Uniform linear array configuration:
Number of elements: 48
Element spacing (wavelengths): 0.25
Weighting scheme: hamming
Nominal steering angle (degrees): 0
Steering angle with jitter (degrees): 1.579
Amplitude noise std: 0.05
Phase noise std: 0.05

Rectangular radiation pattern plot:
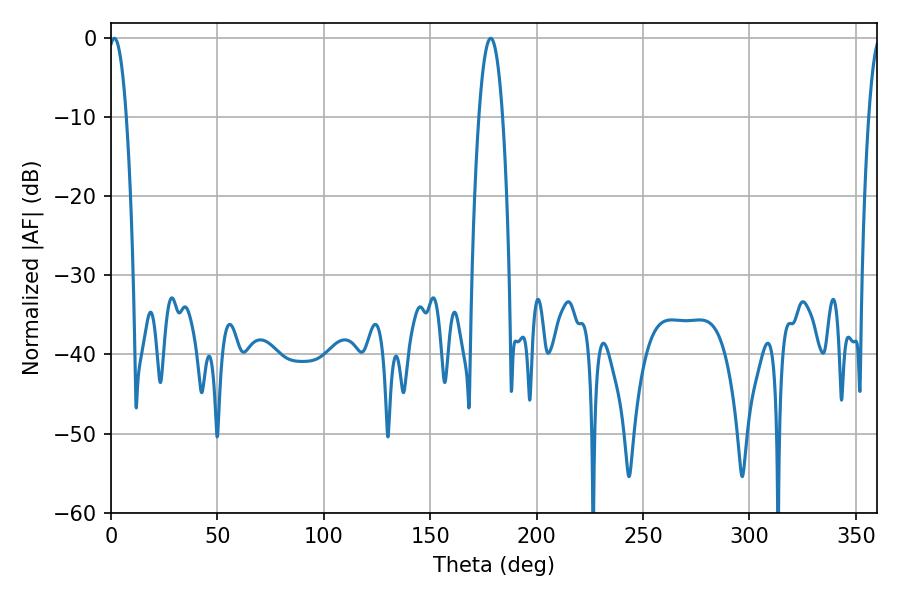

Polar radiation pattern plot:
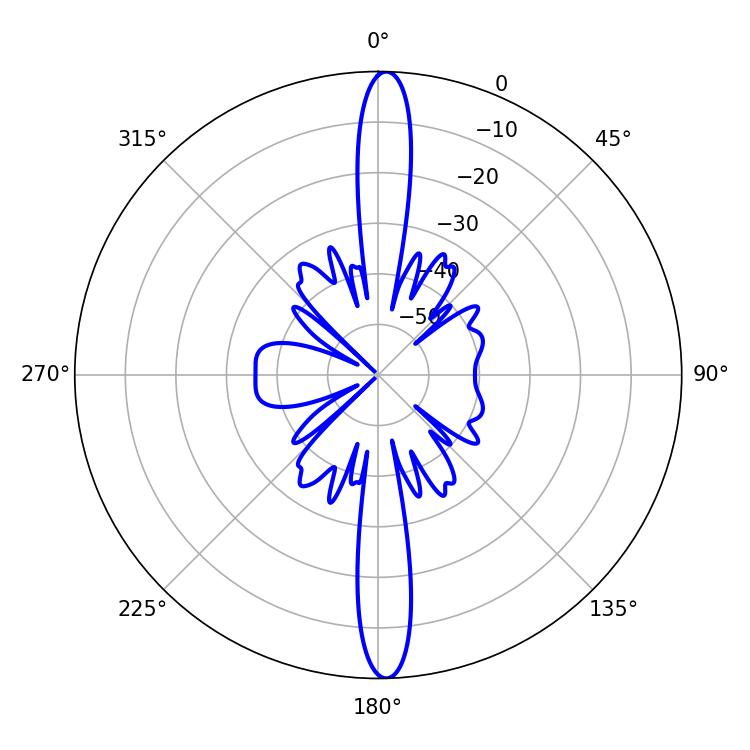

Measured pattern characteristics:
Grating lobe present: FALSE
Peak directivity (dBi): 24.967
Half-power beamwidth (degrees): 4.68
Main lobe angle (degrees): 1.62